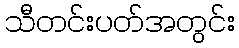
သီတင်းပတ်အတွင်း